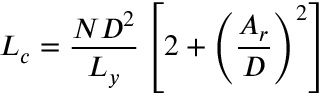
L _ { c } = \frac { N D ^ { 2 } } { L _ { y } } \left[ 2 + \left( \frac { A _ { r } } { D } \right) ^ { 2 } \right]